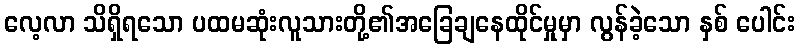
လေ့လာ သိရှိရသော ပထမဆုံးလူသားတို့၏အခြေချနေထိုင်မှုမှာ လွန်ခဲ့သော နှစ် ပေါင်း